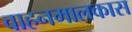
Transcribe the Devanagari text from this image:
वाहनमालकास